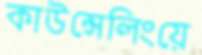
কাউন্সেলিংয়ে